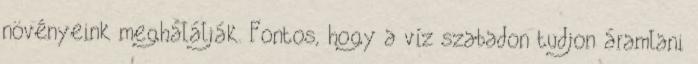
növényeink meghálálják. Fontos, hogy a víz szabadon tudjon áramlani